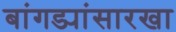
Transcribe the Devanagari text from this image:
बांगड्यांसारखा